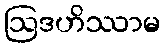
ဩဒဟိဿာမ